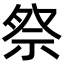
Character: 祭